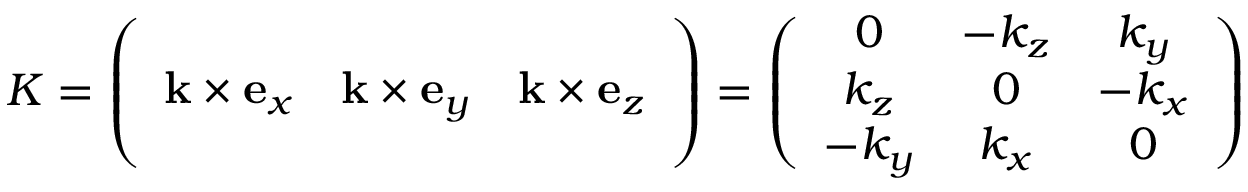
K = \left( \begin{array} { c c c } { \phantom { a } } \\ { \mathbf k \times \mathbf e _ { x } } & { \mathbf k \times \mathbf e _ { y } } & { \mathbf k \times \mathbf e _ { z } } \\ { \phantom { m } } \end{array} \right) = \left( \begin{array} { c c c } { 0 } & { - k _ { z } } & { k _ { y } } \\ { k _ { z } } & { 0 } & { - k _ { x } } \\ { - k _ { y } } & { k _ { x } } & { 0 } \end{array} \right)